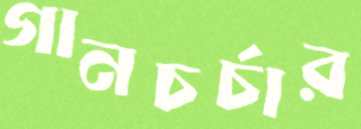
গানচর্চার